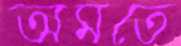
অমতে